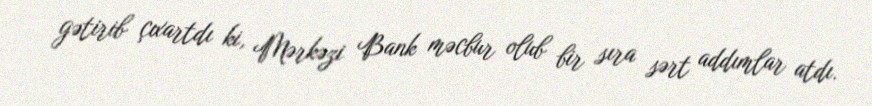
gətirib çıxartdı ki, Mərkəzi Bank məcbur olub bir sıra sərt addımlar atdı.